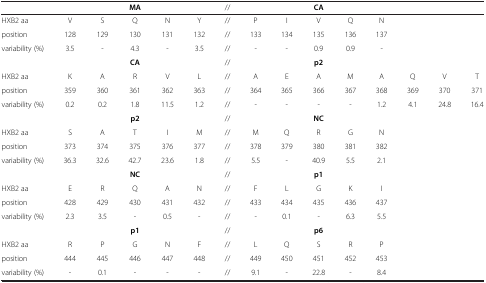
<table><thead><tr><td><b> </b></td><td><b> </b></td><td><b> </b></td><td><b>MA</b></td><td><b> </b></td><td><b> </b></td><td><b>//</b></td><td><b> </b></td><td><b> </b></td><td><b>CA</b></td><td><b> </b></td><td><b> </b></td><td><b> </b></td><td><b> </b></td><td><b> </b></td></tr></thead><tbody><tr><td>HXB2 aa</td><td>V</td><td>S</td><td>Q</td><td>N</td><td>Y</td><td>//</td><td>P</td><td>I</td><td>V</td><td>Q</td><td>N</td><td> </td><td> </td><td> </td></tr><tr><td>position</td><td>128</td><td>129</td><td>130</td><td>131</td><td>132</td><td>//</td><td>133</td><td>134</td><td>135</td><td>136</td><td>137</td><td> </td><td> </td><td> </td></tr><tr><td>variability (%)</td><td>3.5</td><td>-</td><td>4.3</td><td>-</td><td>3.5</td><td>//</td><td>-</td><td>-</td><td>0.9</td><td>0.9</td><td>-</td><td> </td><td> </td><td> </td></tr><tr><td> </td><td> </td><td> </td><td><b>CA</b></td><td> </td><td> </td><td>//</td><td> </td><td> </td><td><b>p2</b></td><td> </td><td> </td><td> </td><td> </td><td> </td></tr><tr><td>HXB2 aa</td><td>K</td><td>A</td><td>R</td><td>V</td><td>L</td><td>//</td><td>A</td><td>E</td><td>A</td><td>M</td><td>A</td><td>Q</td><td>V</td><td>T</td></tr><tr><td>position</td><td>359</td><td>360</td><td>361</td><td>362</td><td>363</td><td>//</td><td>364</td><td>365</td><td>366</td><td>367</td><td>368</td><td>369</td><td>370</td><td>371</td></tr><tr><td>variability (%)</td><td>0.2</td><td>0.2</td><td>1.8</td><td>11.5</td><td>1.2</td><td>//</td><td>-</td><td>-</td><td>-</td><td>-</td><td>1.2</td><td>4.1</td><td>24.8</td><td>16.4</td></tr><tr><td> </td><td> </td><td> </td><td><b>p2</b></td><td> </td><td> </td><td>//</td><td> </td><td> </td><td><b>NC</b></td><td> </td><td> </td><td> </td><td> </td><td> </td></tr><tr><td>HXB2 aa</td><td>S</td><td>A</td><td>T</td><td>I</td><td>M</td><td>//</td><td>M</td><td>Q</td><td>R</td><td>G</td><td>N</td><td> </td><td> </td><td> </td></tr><tr><td>position</td><td>373</td><td>374</td><td>375</td><td>376</td><td>377</td><td>//</td><td>378</td><td>379</td><td>380</td><td>381</td><td>382</td><td> </td><td> </td><td> </td></tr><tr><td>variability (%)</td><td>36.3</td><td>32.6</td><td>42.7</td><td>23.6</td><td>1.8</td><td>//</td><td>5.5</td><td>-</td><td>40.9</td><td>5.5</td><td>2.1</td><td> </td><td> </td><td> </td></tr><tr><td> </td><td> </td><td> </td><td><b>NC</b></td><td> </td><td> </td><td>//</td><td> </td><td> </td><td><b>p1</b></td><td> </td><td> </td><td> </td><td> </td><td> </td></tr><tr><td>HXB2 aa</td><td>E</td><td>R</td><td>Q</td><td>A</td><td>N</td><td>//</td><td>F</td><td>L</td><td>G</td><td>K</td><td>I</td><td> </td><td> </td><td> </td></tr><tr><td>position</td><td>428</td><td>429</td><td>430</td><td>431</td><td>432</td><td>//</td><td>433</td><td>434</td><td>435</td><td>436</td><td>437</td><td> </td><td> </td><td> </td></tr><tr><td>variability (%)</td><td>2.3</td><td>3.5</td><td>-</td><td>0.5</td><td>-</td><td>//</td><td>-</td><td>0.1</td><td>-</td><td>6.3</td><td>5.5</td><td> </td><td> </td><td> </td></tr><tr><td> </td><td> </td><td> </td><td><b>p1</b></td><td> </td><td> </td><td>//</td><td> </td><td> </td><td><b>p6</b></td><td> </td><td> </td><td> </td><td> </td><td> </td></tr><tr><td>HXB2 aa</td><td>R</td><td>P</td><td>G</td><td>N</td><td>F</td><td>//</td><td>L</td><td>Q</td><td>S</td><td>R</td><td>P</td><td> </td><td> </td><td> </td></tr><tr><td>position</td><td>444</td><td>445</td><td>446</td><td>447</td><td>448</td><td>//</td><td>449</td><td>450</td><td>451</td><td>452</td><td>453</td><td> </td><td> </td><td> </td></tr><tr><td>variability (%)</td><td>-</td><td>0.1</td><td>-</td><td>-</td><td>-</td><td>//</td><td>9.1</td><td>-</td><td>22.8</td><td>-</td><td>8.4</td><td> </td><td> </td><td> </td></tr></tbody></table>